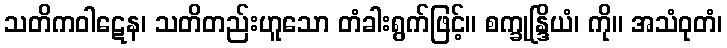
သတိကဝါဋေန၊ သတိတည်းဟူသော တံခါးရွက်ဖြင့်။ စက္ခုန္ဒြိယံ၊ ကို။ အသံဝုတံ၊